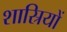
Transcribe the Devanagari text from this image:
शास्रियों